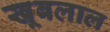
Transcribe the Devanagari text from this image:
खूबलाल